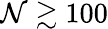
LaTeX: \mathcal{N}\gtrsim100